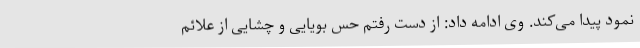
نمود پیدا می‌کند. وی ادامه داد: از دست رفتم حس بویایی و چشایی از علائم